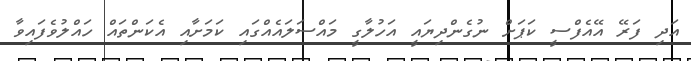
އަދި ފަރޭ އޭއެފްސީ ކަޕަށް ނުގެންދިޔައީ އަހުލާގީ މައްސަލައެއްގައި ކަމަށާއި އެކަންތައް ހައްލުވެފައިވާ